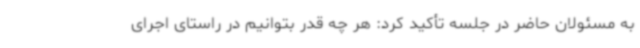
به مسئولان حاضر در جلسه تأکید کرد: هر چه قدر بتوانیم در راستای اجرای